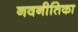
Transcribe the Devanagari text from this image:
नवनीतिका